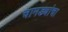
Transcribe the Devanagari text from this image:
चामड्यांचा